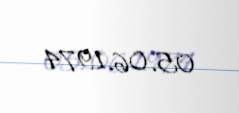
05.06.1974